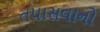
તપાસવાનો